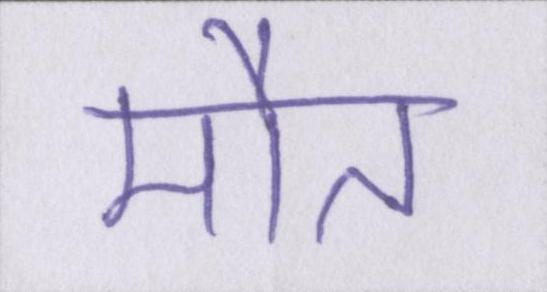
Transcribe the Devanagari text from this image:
मौत